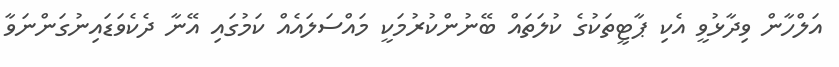
އަލްހާން ވިދާޅުވީ އެކި ޕާޓީތަކުގެ ކުލަތައް ބޭނުންކުރުމަކީ މައްސަލައެއް ކަމުގައި އޭނާ ދެކެވަޑައިނުގަންނަވާ